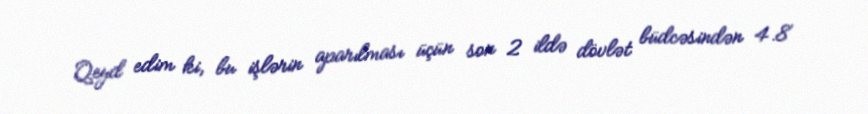
Qeyd edim ki, bu işlərin aparılması üçün son 2 ildə dövlət büdcəsindən 4.8